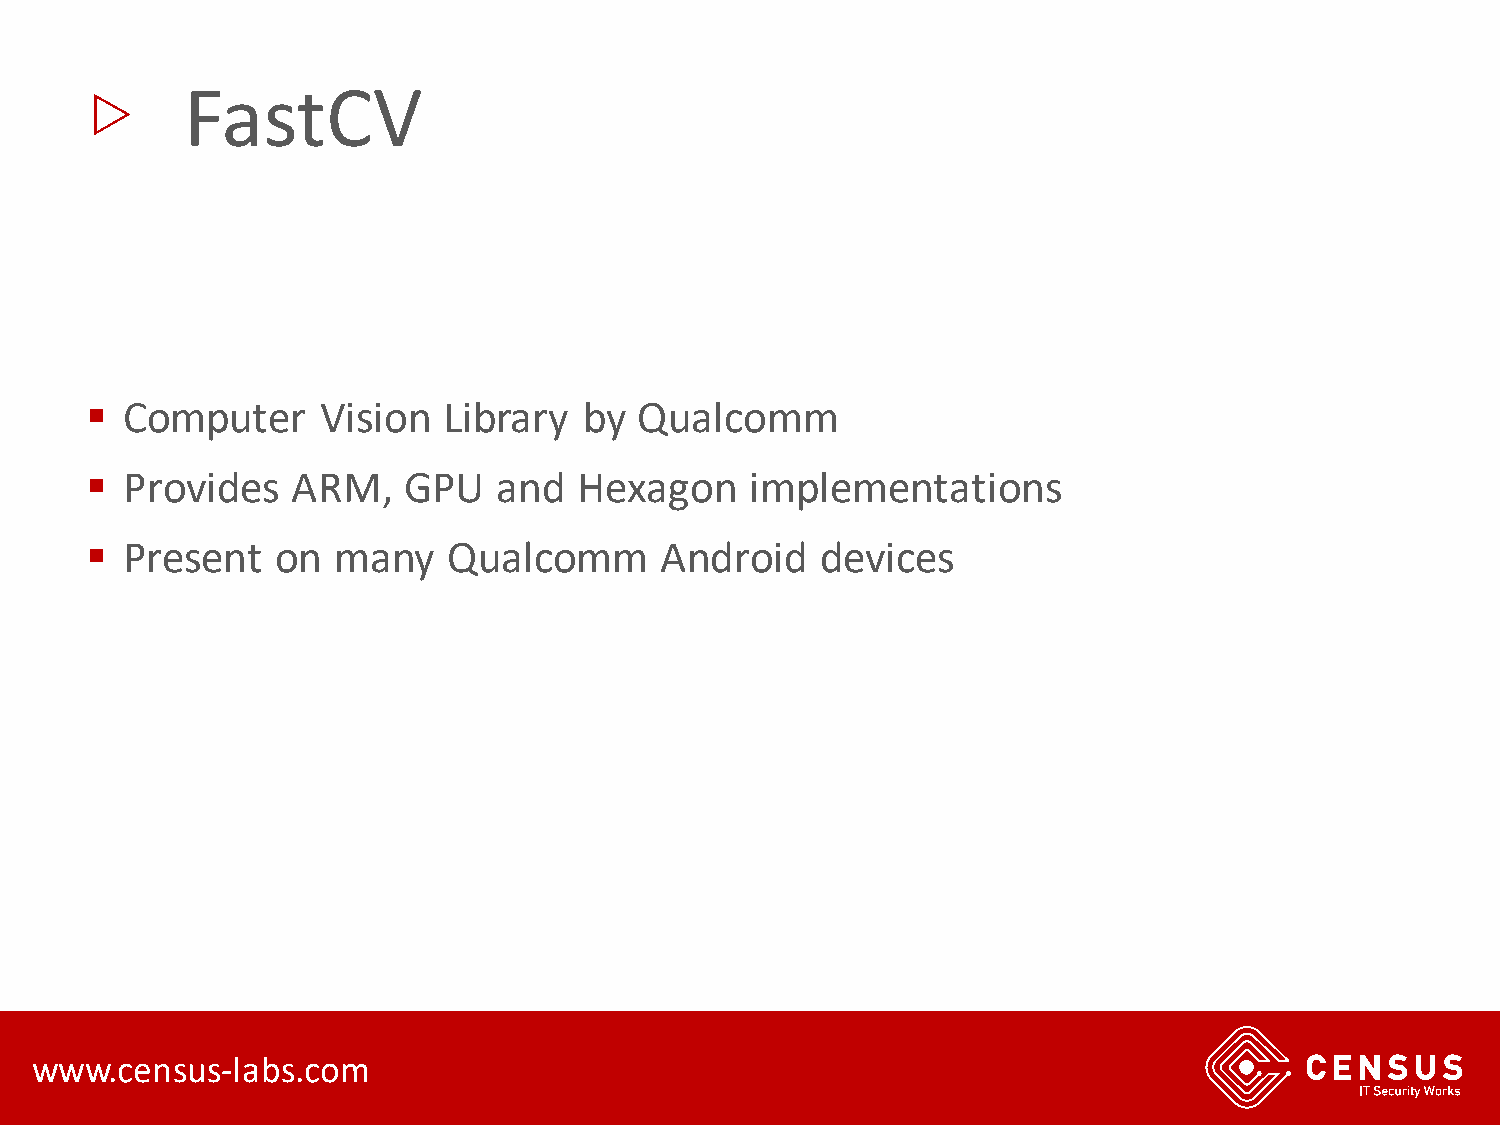
▷
 FastCV
 ▪ Computer     Vision  Library   by Qualcomm
 ▪ Provides   ARM,    GPU   and  Hexagon     implementations
 ▪ Present   on  many    Qualcomm      Android   devices
 www.census-labs.com